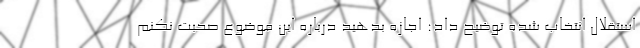
استقلال انتخاب شده توضیح داد: اجازه بدهید درباره این موضوع صحبت نکنم